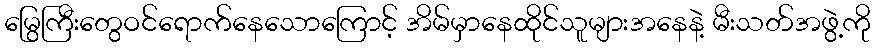
မြွေကြီးတွေဝင်ရောက်နေသောကြောင့် အိမ်မှာနေထိုင်သူများအနေနဲ့ မီးသတ်အဖွဲ့ကို